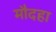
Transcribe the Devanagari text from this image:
मौदहा